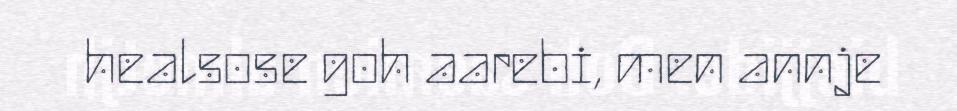
healsose goh aarebi, men annje